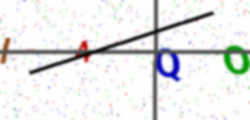
Text: I4QO